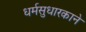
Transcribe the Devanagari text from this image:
धर्मसुधारकाने